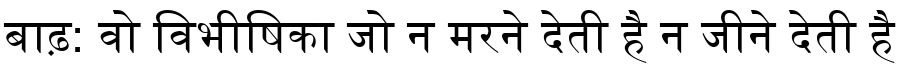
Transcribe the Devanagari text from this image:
बाढ़: वो विभीषिका जो न मरने देती है न जीने देती है